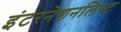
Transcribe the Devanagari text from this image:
इंटरनेशनलिस्ट